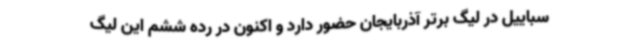
سباییل در لیگ برتر آذربایجان حضور دارد و اکنون در رده ششم این لیگ